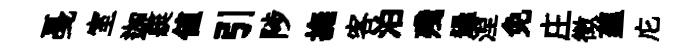
戞室迦艇值引陟撫客泊殘過湼免庄徴蕴庀